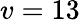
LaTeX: v=13